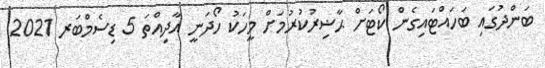
ބަންދުގައި ބަހައްޓައިގެން ކޯޓަށް ޙާޟިރުކުރުމަށް މީހަކު ހޯދަނީ އާދިއްތަ 5 ޑިސެމްބަރ 2021